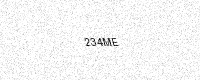
Text: 234ME